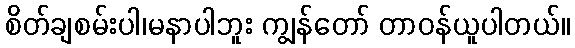
စိတ်ချစမ်းပါ၊မနာပါဘူး ကျွန်တော် တာဝန်ယူပါတယ်။